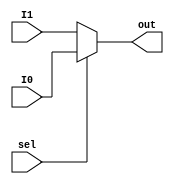
`timescale 1ns / 1ps
//////////////////////////////////////////////////////////////////////////////////
// Company: 
// Engineer: 
// 
// Design Name: 
// Module Name:    task2 
// Project Name: 
// Target Devices: 
// Tool versions: 
// Description: 
//
// Dependencies: 
//
// Revision: 
// Revision 0.01 - File Created
// Additional Comments: 
//
//////////////////////////////////////////////////////////////////////////////////
module task2(
    input I0,
    input I1,
    input sel,
    output out
    );

assign out=sel?I0:I1;
endmodule